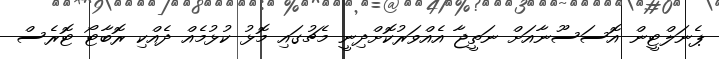
ޕެނަލްޓީން އޮސަސޫނާއަށް ނަތީޖާ އެއްވަރުކޮށްދިނީ މެޗުގައި މޮޅު ކުޅުމެއް ދެއްކި ރޮބާޓޯ ޓޮރެސް